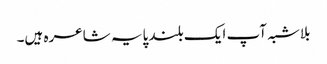
بلاشبہ آپ ایک بلند پایہ شاعرہ ہیں۔